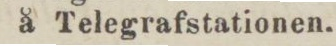
å Telegrafstationen.